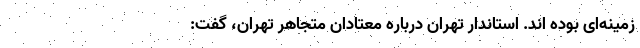
زمینه‌ای بوده اند. استاندار تهران درباره معتادان متجاهر تهران، گفت: